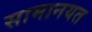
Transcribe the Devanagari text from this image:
सामानयत